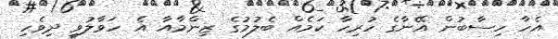
އެހާ ހިސާބުން އޭނާގެ ހުރިހާ ކަމެއް ބެލުމުގެ ޒިންމާއާ އެ ހަވާލުވީ ދިވެހި